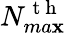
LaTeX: N_{ma\mathbf{x}}^{\mathrm{{~t~h~}}}